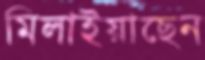
মিলাইয়াছেন